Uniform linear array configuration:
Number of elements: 32
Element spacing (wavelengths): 0.25
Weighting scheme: uniform
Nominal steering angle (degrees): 15
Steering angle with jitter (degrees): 15.426
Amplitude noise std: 0.05
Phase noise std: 0.05

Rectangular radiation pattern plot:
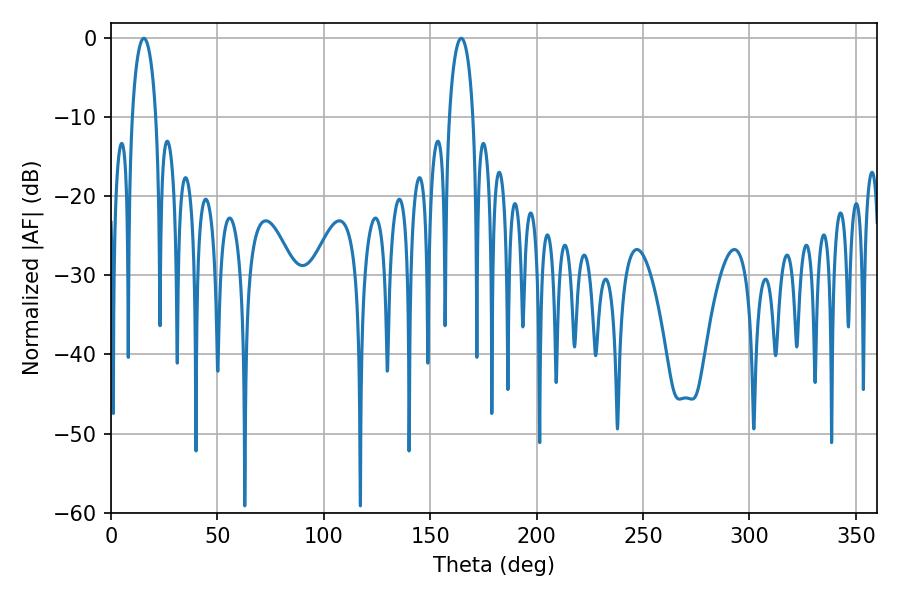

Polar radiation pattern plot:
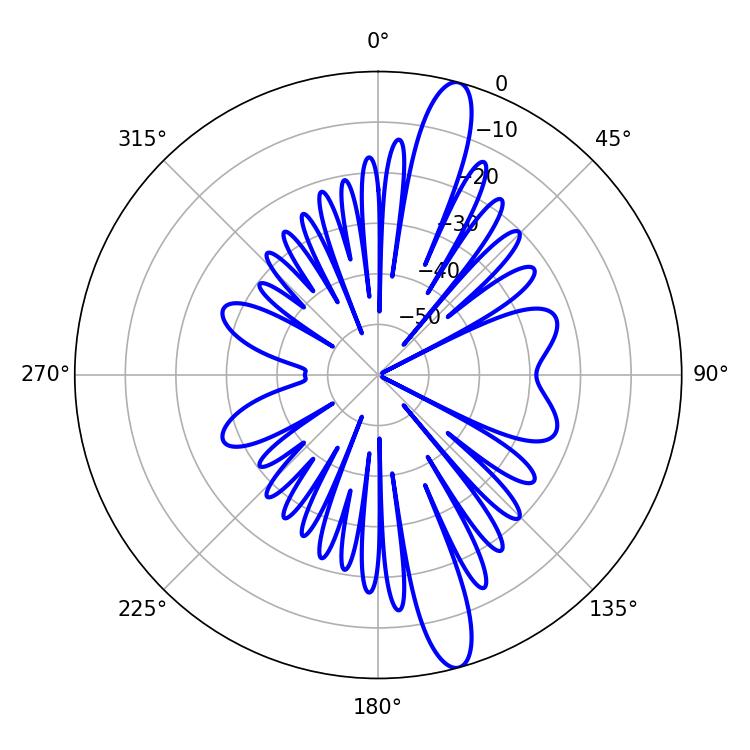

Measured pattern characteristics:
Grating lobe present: FALSE
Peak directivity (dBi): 14.55
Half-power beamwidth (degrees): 6.48
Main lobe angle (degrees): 164.52